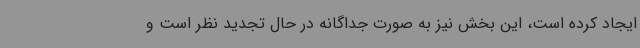
ایجاد کرده است، این بخش نیز به صورت جداگانه در حال تجدید نظر است و